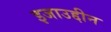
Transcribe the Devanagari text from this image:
इजाउद्दीन